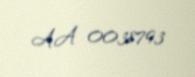
AA 0038793